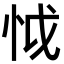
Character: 怴